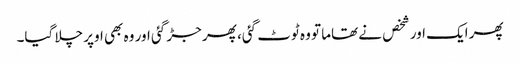
پھر ایک اور شخص نے تھاما تو وہ ٹوٹ گئی، پھر جڑ گئی اور وہ بھی اوپر چلا گیا۔